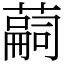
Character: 𦽊